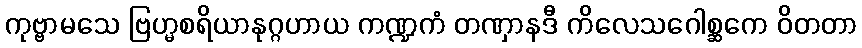
ကုဗ္ဗာမသေ ဗြဟ္မစရိယာနုဂ္ဂဟာယ ကဏ္ဍကံ တဏှာနဒီ ကိလေသဂေါစ္ဆကေ ဝိတတာ